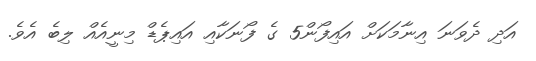
އަދި ދެވަނަ އިނާމަކަށް އައިފޯން5 ގެ ފޯނަކާއި އައިޕެޑް މިނީއެއް ލިބެ އެވެ.